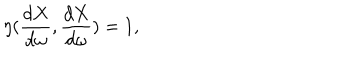
\eta ( \frac { d X } { d \omega } , \frac { d X } { d \omega } ) = 1 ,